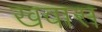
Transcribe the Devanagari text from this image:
खवास